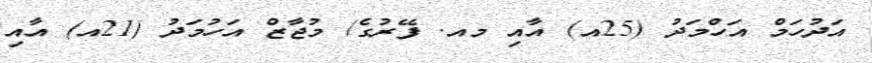
އަދުހަމް އަހްމަދު (25އ) އާއި މއ. ފޭރުގެ/ މުޖާޒް އަހުމަދު (21އ) އާއި